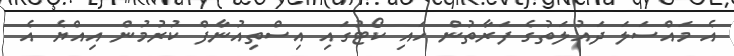
އެ މައްސަލަ ދައުލަތުގެ ފަރާތުން ހައި ކޯޓުގައި އިސްތިއުނާފް ކުރުމުން އިއްޔެ އެ